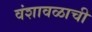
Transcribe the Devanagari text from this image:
वंशावळाची